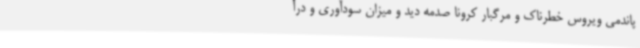
پاندمی ویروس خطرناک و مرگبار کرونا صدمه دید و میزان سودآوری و درآ